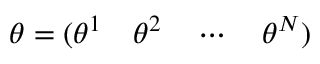
\boldsymbol { \theta } = ( \theta ^ { 1 } \quad \theta ^ { 2 } \quad \cdots \quad \theta ^ { N } )